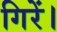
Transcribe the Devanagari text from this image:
गिरें।